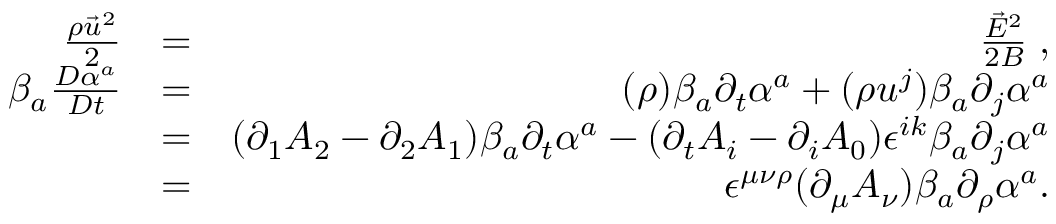
\begin{array} { r l r } { \frac { \rho \vec { u } ^ { 2 } } { 2 } } & { = } & { \frac { \vec { E } ^ { 2 } } { 2 B } \; , } \\ { \beta _ { a } \frac { D \alpha ^ { a } } { D t } } & { = } & { ( \rho ) \beta _ { a } \partial _ { t } \alpha ^ { a } + ( \rho u ^ { j } ) \beta _ { a } \partial _ { j } \alpha ^ { a } } \\ & { = } & { ( \partial _ { 1 } A _ { 2 } - \partial _ { 2 } A _ { 1 } ) \beta _ { a } \partial _ { t } \alpha ^ { a } - ( \partial _ { t } A _ { i } - \partial _ { i } A _ { 0 } ) \epsilon ^ { i k } \beta _ { a } \partial _ { j } \alpha ^ { a } } \\ & { = } & { \epsilon ^ { \mu \nu \rho } ( \partial _ { \mu } A _ { \nu } ) \beta _ { a } \partial _ { \rho } \alpha ^ { a } . } \end{array}